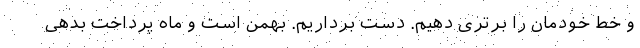
و خط خودمان را برتری دهیم. دست برداریم. بهمن است و ماه پرداخت بدهی